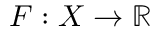
F : X \to \mathbb { R }